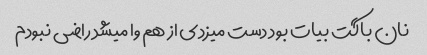
نان باگت بیات بود دست میزدی از هم وا میشد راضی نبودم